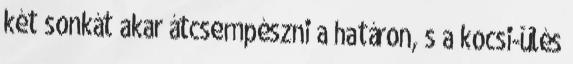
két sonkát akar átcsempészni a határon, s a kocsi-ülés